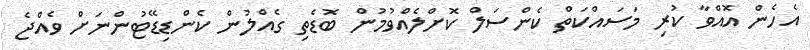
އެހެން އޮއްވާ ކުރި މަސައްކަތް ކެންސަލް ކޮށްލެއްވުމުން ބޮޑެތި ގެއްލުން ކެންޑިޑޭޓުންނަށް ވެއްޖެ